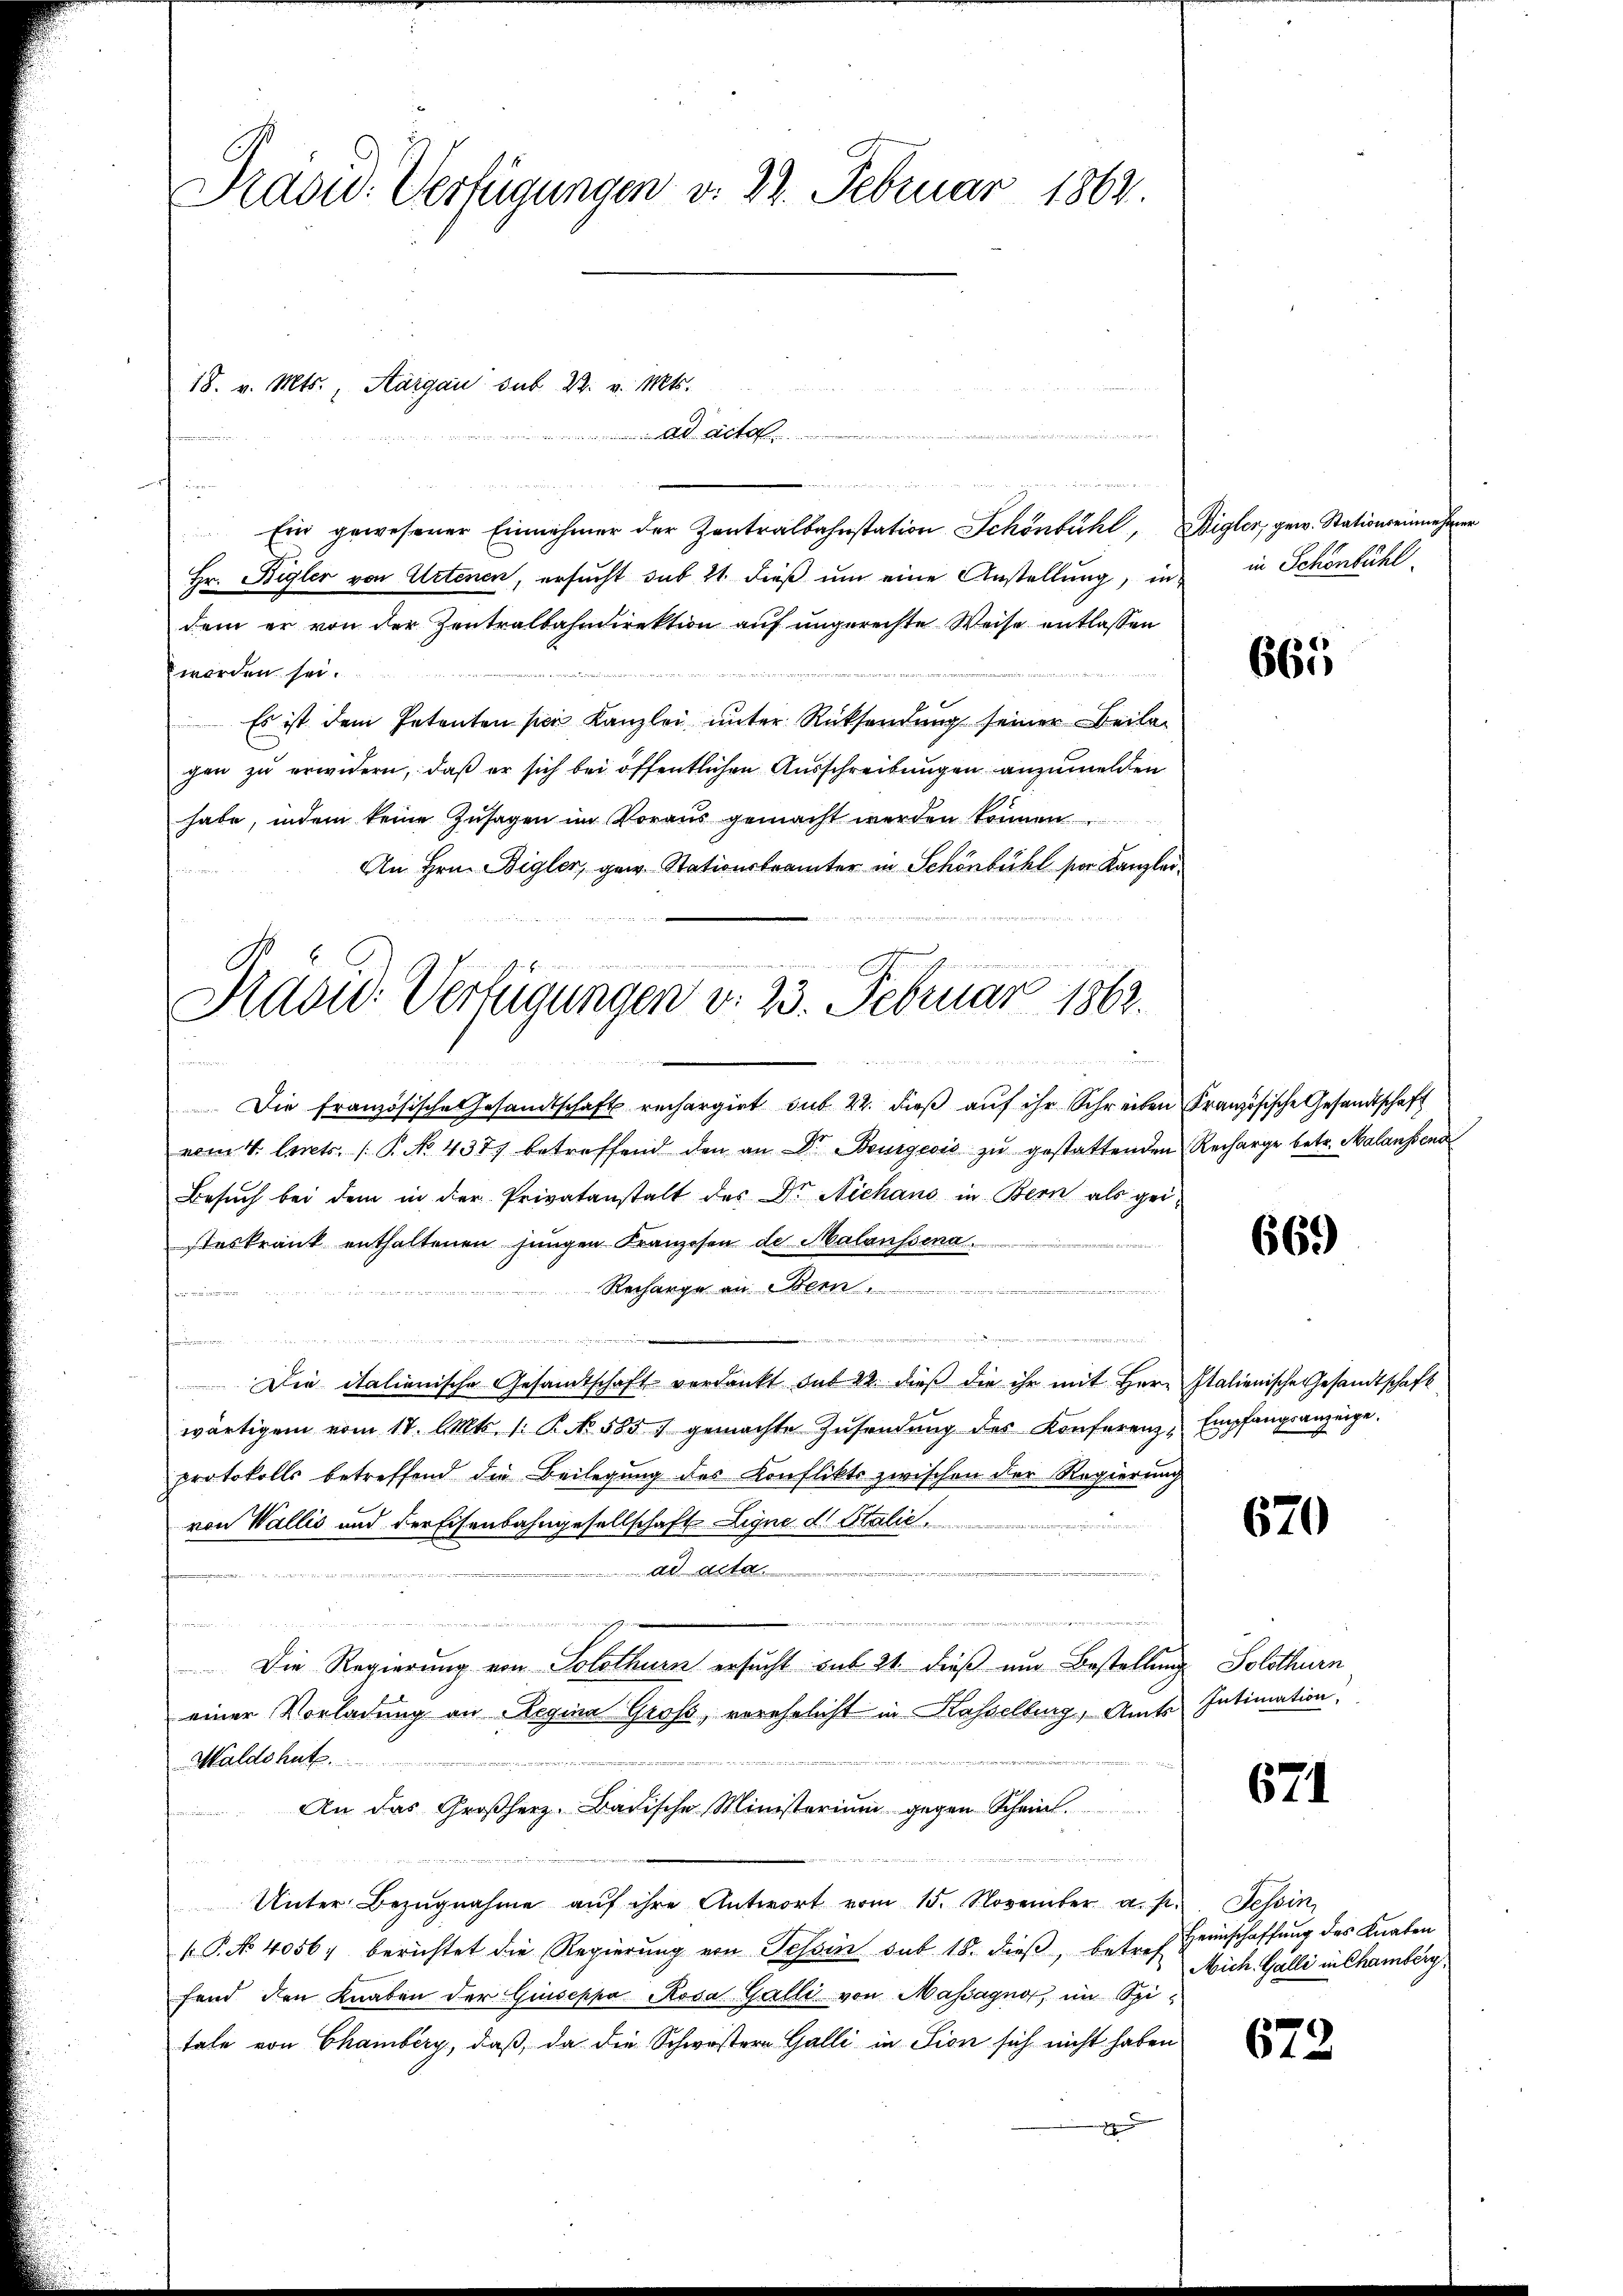
Präsid. Verfügungen v. 22. Februar 1862.

Ein gewesener Einnehmer der Zentralbahnstation Schönbühl, Aigler, gew. Stationseinnehmer
Hr. Bigler von Artenen, ersucht sub 21. dieß um eine Anstellung, in
dem er von der Zentralbahndirektion auf ungerechte Weise entlassen
worden sei.
Es ist dem Petenten sei Kanzlei ŭnter Rücksendung seiner Beilagen zu erwidern, daß er sich bei öffentlichen Ausschreibungen anzumelden
habe, indem keine Zusagen im Voraus gemacht werden können
An Hrn. Bigler, gew. Stationskrämter in Schönbühl vor Kanzleifnen
Die französische Gesandtschaft rechargirt sub 22. dieß auf ihr Schreiben Französische Gesandtschaft
vom 4. Art. 1 P. No. 437 betreffend den an Dr. Bourgević zŭ gestattenden Recharge betr. Malansend
Besuch bei dem in der Privatanstalt des Dr. Niehans in Bern als gei-
steskrank enthaltenen jungen Kranzosen de Malanssena
Recharge an Stern .............................................................
fermin
e

fenen
Die italienische Gesandtschaft verdankt sub 22. dieß die ihr mit Herr Italienische Gesandtschaft
wärtigen vom 17. Cts. 1. P. No. 585. gemachte Zŭsendŭng des Konferenz- Empfangsanzeige.
protokolls betreffend die Beilegung des Konflikts zwischen der Regierung
von Wallis und der Eisenbahngesellschaft Ligne d. Stalie
ad acta.
a
feren
Die Regierung von Solothurn ersucht sub 21. dieß um Bestellung Solothurn
einer Vorladung an Regina Groß, verehelicht in Kasselberg, Amts Intimation,
Maldshutz
An das Großherz-Badische Ministerium gegen Schein
Unter Bezŭgnahme aŭf ihre Antwort vom 15. November a. p. Tessin,
P. No 4056. berichtet die Regierung von Tessin sub 18. dieβ, betref
fend den Knaben der Giuseppa Rosa Galli von Massagno, im Spitale von Chamberg, daß, da die Schwestern Galli in Lion sich nicht haben
.

18. v. Mts., Aargau sub 2. v. Mts.
A
n

u
.

Präsid-Verfügungen v. 23. Februar 1862.
e

in Schönbühl.

665

669)

670

671

Heimschaffung des Knaben
Mich. Galli in Chamberg,

672.